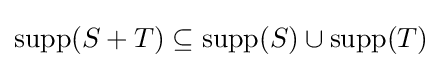
\operatorname {supp} (S+T)\subseteq \operatorname {supp} (S)\cup \operatorname {supp} (T)